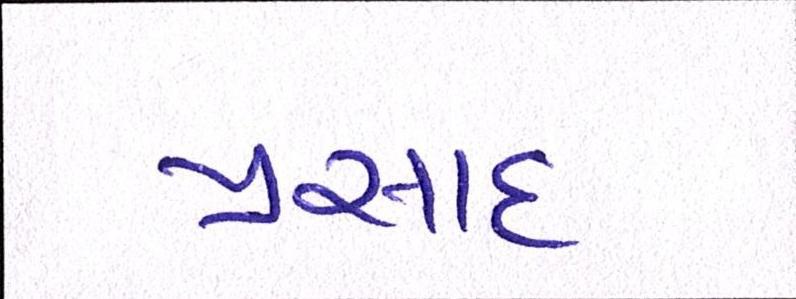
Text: પ્રસાદ